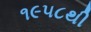
૧૯૫૮થી